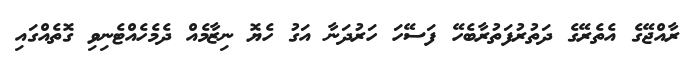
ރާއްޖޭގެ އެތެރޭގެ ދަތުރުފަތުރާބެހޭ ފަސޭހަ ހަރުދަނާ އަގު ހެޔޮ ނިޒާމެއް ދެމެހެއްޓެނިވި ގޮތެއްގައި